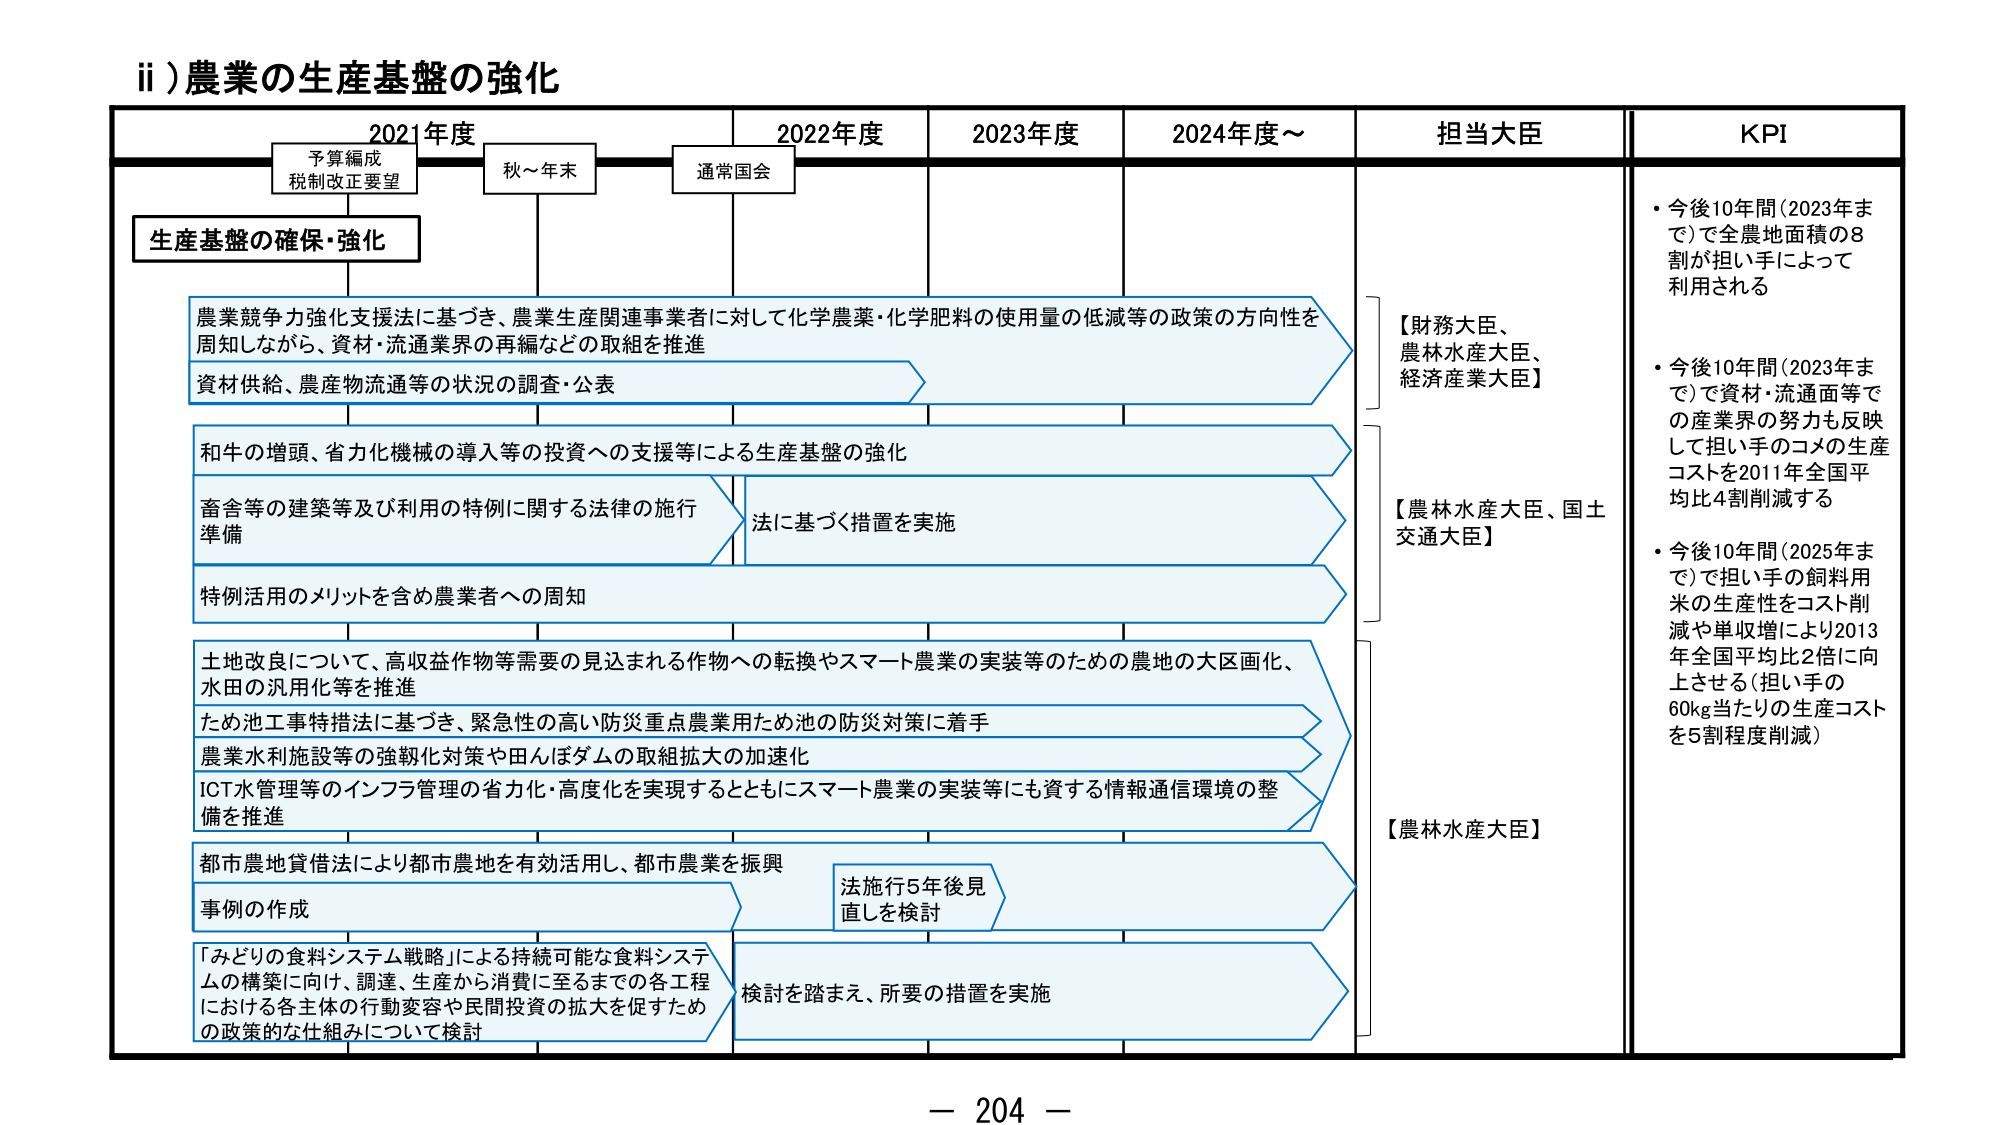
ii) 農業の生産基盤の強化

2021年度　　　　　2022年度　　　　　2023年度　　　　　2024年度～

予算編成
税制改正要望　　　秋～年末　　　　　通常国会

生産基盤の確保・強化

農業競争力強化支援法に基づき、農業生産関連事業者に対して化学農薬・化学肥料の使用量の低減等の政策の方向性を
周知しながら、資材・流通業界の再編などの取組を推進

資材供給、農産物流通等の状況の調査・公表

和牛の増頭、省力化機械の導入等の投資への支援等による生産基盤の強化

畜舎等の建築等及び利用の特例に関する法律の施行
準備